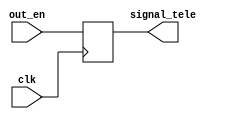
module telemetry_signal(
	input clk,
	input out_en,	
	output reg signal_tele
	);

always @(posedge clk)
begin
	signal_tele <= out_en;
end

endmodule